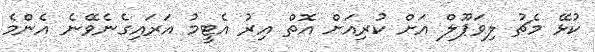
ކުޅޭ މެޗު ލިވަޕޫލް އަށް ކުރިއަށް އޮތް އިރު އެޓީމު އަރައިގެނެވޭނެ އެންމެ